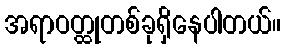
အရာဝတ္ထုတစ်ခုရှိနေပါတယ်။